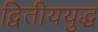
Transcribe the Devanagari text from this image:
द्वितीययुद्ध